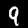
Label: 9